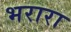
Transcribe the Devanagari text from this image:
भरारा